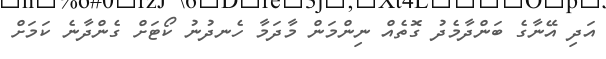
އަދި އޭނާގެ ބަންދާމެދު ގޮތެއް ނިންމަން މާދަމާ ހެނދުނު ކޯޓަށް ގެންދާނެ ކަމަށް